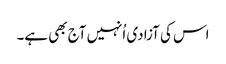
اس کی آزادی اُنہیں آج بھی ہے۔